Medical and sanitary report of the native army of Madras for the year
Year: 1878
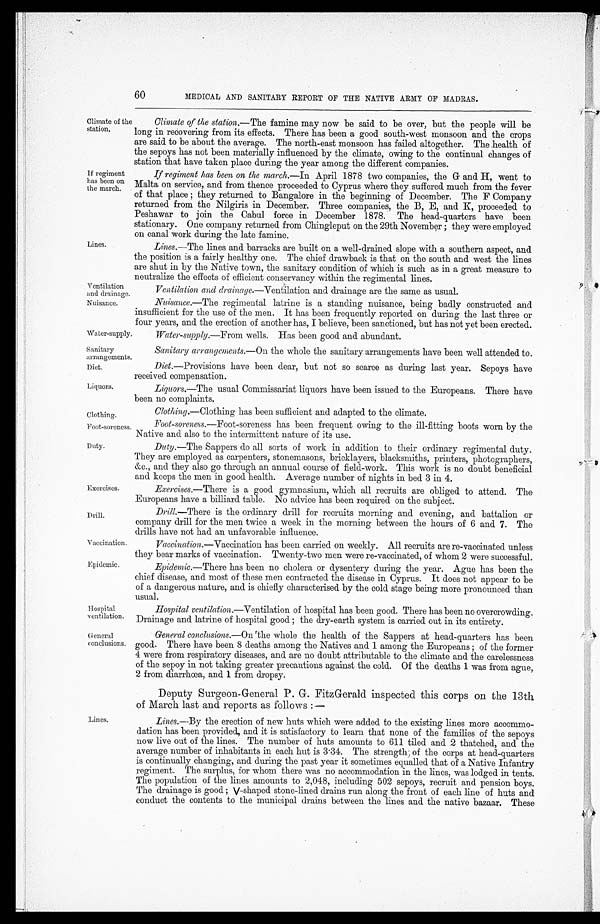
Ventilation
and drainage.
Nuisance.
Sanitary
arrangements.
Diet.
Liquors.
Clothing.
Foot-soreness.
Duty.
Exercises.
Drill.
Vaccination.
Epidemic.
60
MEDICAL AND SANITARY REPORT OF THE NATIVE ARMY OF MADRAS.
Climate of the
station.
If regiment
has been on
the march.
Lines.
Climate of the station.— The famine may now be said to be over, but the people will be
long in recovering from its effects. There has been a good south-west monsoon and the crops
are said to be about the average. The north-east monsoon has failed altogether. The health of
the sepoys has not been materially influenced by the climate, owing to the continual changes of
station that have taken place during the year among the different companies.
If regiment has been on the march.— In April 1878 two companies, the G and H, went to
Malta on service, and from thence proceeded to Cyprus where they suffered much from the fever
of that place; they returned to Bangalore in the beginning of December. The F Company
returned from the Nilgiris in December. Three companies, the B, E, and K, proceeded to
Peshawar to join the Cabul force in December 1878. The head-quarters have been
stationary. One company returned from Chingleput on the 29th November; they were employed
on canal work during the late famine.
Lines.—The lines and barracks are built on a well-drained slope with a southern aspect, and
the position is a fairly healthy one. The chief drawback is that on the south and west the lines
are shut in by the Native town, the sanitary condition of which is such as in a great measure to
neutralize the effects of efficient conservancy within the regimental lines.
Ventilation and drainage.—Ventilation and drainage are the same as usual.
Nuisance.—The regimental latrine is a standing nuisance, being badly constructed and
insufficient for the use of the men. It has been frequently reported on during the last three or
four years, and the erection of another has, I believe, been sanctioned, but has not yet been erected.
Water-supply.
Water-supply.—From wells. Has been good and abundant.
Hospital
ventilation.
Sanitary arrangements.—On the whole the sanitary arrangements have been well attended to.
Diet.—Provisions have been dear, but not so scarce as during last year. Sepoys have
received compensation.
Liquors.—The usual Commissariat liquors have been issued to the Europeans. There have
been no complaints.
Clothing .—Clothing has been sufficient and adapted to the climate.
Foot-soreness .—Foot-soreness has been frequent owing to the ill-fitting boots worn by the
Native and also to the intermittent nature of its use.
D u t y . —
T h e
S a p p e r s d o a l l s o r t s o f w o r k i n a d d i t i o n t o t h e i r o r d i n a r y r e g i m e n t a l d u t y .
They are employed as carpenters, stonemasons, bricklayers, blacksmiths, printers, photographers,
&c., and they also go through an annual course of field-work. This work is no doubt beneficial
and keeps the men in good health. Average number of nights in bed 3 in 4.
Exercises.— There is a good gymnasium, which all recruits are obliged to attend. The
Europeans have a billiard table. No advice has been required on the subject.
Drill.—There is the ordinary drill for recruits morning and evening, and battalion or
company drill for the men twice a week in the morning between the hours of 6 and 7. The
drills have not had an unfavorable influence.
Vaccination.—Vaccination has been carried on weekly. All recruits are re-vaccinated unless
they bear marks of vaccination. Twenty-two men were re-vaccinated, of whom 2 were successful.
Epidemic.—There
has been no cholera or dysentery during the year. Ague has been the
chief disease, and most of these men contracted the disease in Cyprus. It does not appear to be
of a dangerous nature, and is chiefly characterised by the cold stage being more pronounced than
usual.
Hospital ventilation .—Ventilation of hospital has been good. There has been no overcrowding.
Drainage and latrine of hospital good; the dry-earth system is carried out in its entirety.
General
conclusions.
Lines.
General conclusions.— 0n the whole the health of the Sappers at head-quarters has been
good. There have been 8 deaths among the Natives and 1 among the Europeans; of the former
4 were from respiratory diseases, and are no doubt attributable to the climate and the carelessness
of the sepoy in not taking greater precautions against the cold. Of the deaths 1 was from ague,
2 from diarrhœa, and 1 from dropsy.
Deputy Surgeon-General P. G-. FitzGerald inspected this corps on the 13th
of March last and reports as follows:—
Lines.—By the erection of new huts which were added to the existing lines more accommo
-
dation has been provided., and it is satisfactory to learn that none of the families of the sepoys
now live out of the lines. The number of huts amounts to 611 tiled and 2 thatched, and the
average number of inhabitants in each hut is 3.34. The strength of the corps at head-quarters
is continually changing, and during the past year it sometimes equalled that of a Native Infantry
regiment. The surplus, for whom there was no accommodation in the lines, was lodged in tents.
The population of the lines amounts to 2,048, including 502 sepoys, recruit and pension boys.
The drainage is good; V-shaped stone-lined drains run along the front of each line of huts and
conduct the contents to the municipal drains between the lines and the native bazaar. These